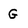
Character: G